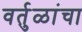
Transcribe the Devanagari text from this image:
वर्तुळांचा